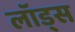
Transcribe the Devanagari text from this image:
लॉड्स